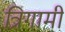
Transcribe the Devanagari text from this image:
त्रिगामी